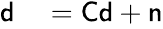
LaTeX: \begin{array}{rl}{{\mathsf d}}&{{}={\mathsf C}{\mathsf d}+{\mathsf n}}\end{array}